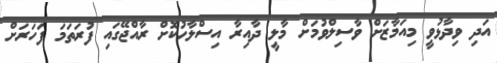
އަދި ވިދާޅުވީ މިއަމާޒަށް ވާސިލްވުމަށް މާލީ ދާއިރާ އިސްލާހުކޮށް ރާއްޖޭގައި ފުރަތަމަ ފަހަރަށް